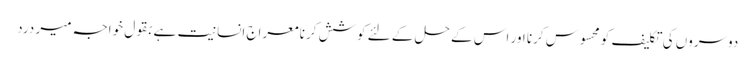
دوسروں کی تکلیف کو محسوس کرنا اور اس کے حل کے لئے کوشش کرنا معراج انسانیت ہے بقول خواجہ میر درد